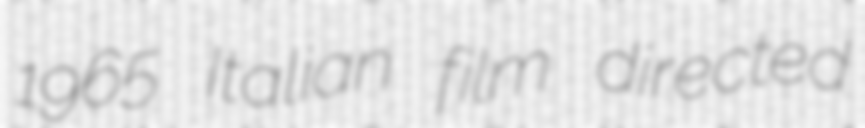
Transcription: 1965 Italian film directed